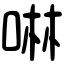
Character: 啉